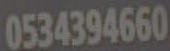
0534394660